Leaving Certificate Examination, 1918
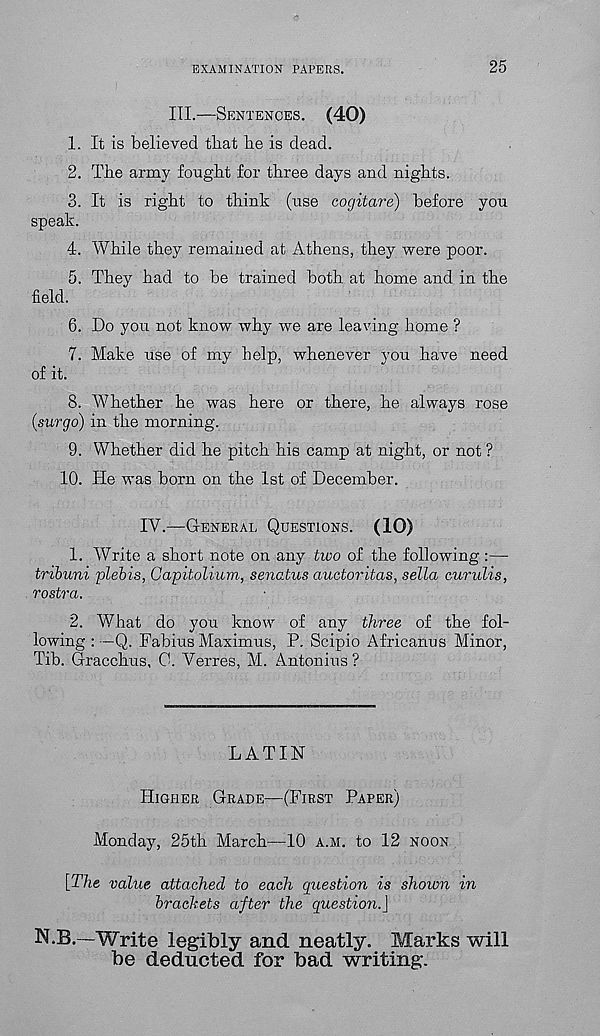
EXAMINATION PAPERS.
25
III.—SENTENCES. (40)
1. It is believed that be is dead.
2. The army fought for three days and nights.
3. It is right to think (use cogitare) before you
speak.
4. While they remained at Athens, they were poor.
5. They had to be trained both at home and in the
field.
6. Do you not know why we are leaving home ?
7. Make use of my help, whenever you have need
of it.
8. Whether he was here or there, he always rose
(surgo) in the morning.
9. Whether did he pitch his camp at night, or not ?
10.
He was born on the 1st of December.
IV.—GENERAL QUESTIONS. (10)
1. Write a short note on any two of the following :—
tribuni plebis, Gapitolium, senatus auctoritas, sella curulis,
rostra.
2. What do you know of any three of the fol-
lowing : —Q. Fabius Maximus, P. Scipio Africanus Minor,
Tib. Gracchus, 0. Verres, M. Antonins ?
LATIN
HIGHER GRADE—(FIRST PAPER)
Monday, 25th March—10 A.M. to 12 NOON
[The value attached to each question is shown in
brackets after the question.]
N.B.-Write legibly and neatly. Marks will
be deducted for bad writing.